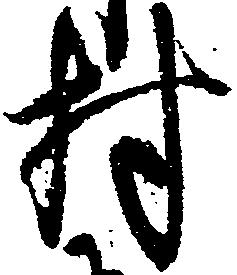
村